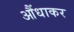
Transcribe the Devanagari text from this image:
आैंधाकर